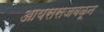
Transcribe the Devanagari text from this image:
आयससजवळून